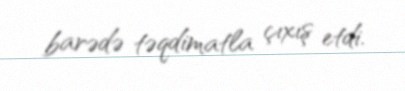
barədə təqdimatla çıxış etdi.